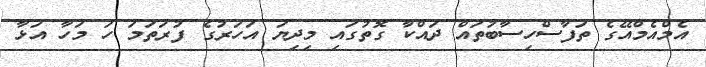
އެމްއެމްއޭގެ ތަފާސްހިސާބުތައް ދައްކާ ގޮތުގައި މިދިޔަ އަހަރުގެ ފުރަތަމަ ހަ މަހާ އަޅާ